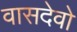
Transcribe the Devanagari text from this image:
वासदेवो